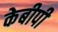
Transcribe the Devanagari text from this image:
केबीपी